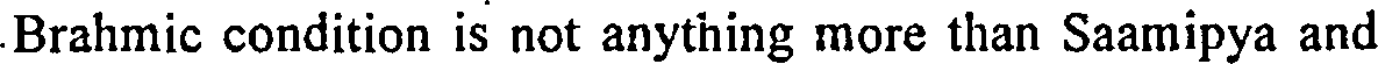
Brahmic condition is not anything more than Saamipya and